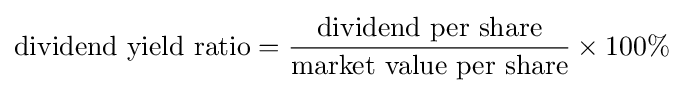
{\text{dividend yield ratio}}={\frac {\text{dividend per share}}{\text{market value per share}}}\times 100\%